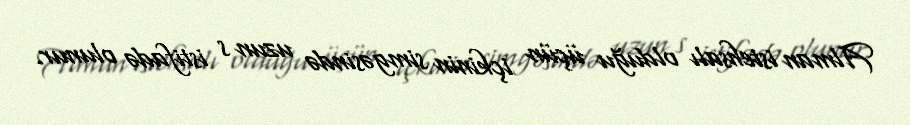
Alman istehsalı olduğu üçün içkinin simgəsində uzun s istifadə olunur.